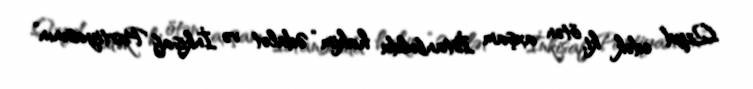
Qeyd edək ki, ötən axşam İstanbulda hakim “Ədalət və İnkişaf Partiyasının”